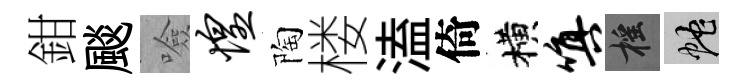
鉗颷噞惶陶楼溘倚横嗔摇蛇